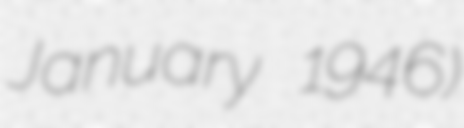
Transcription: January 1946)